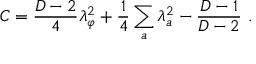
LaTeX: C = { \frac { D - 2 } { 4 } } \lambda _ { \varphi } ^ { 2 } + { \frac { 1 } { 4 } } \sum _ { a } \lambda _ { a } ^ { 2 } - { \frac { D - 1 } { D - 2 } } \ .